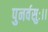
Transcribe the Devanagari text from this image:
पुनर्वसुः।।